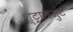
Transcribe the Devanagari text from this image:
श्ट्रालजुंट